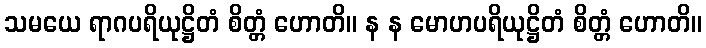
သမယေ ရာဂပရိယုဋ္ဌိတံ စိတ္တံ ဟောတိ။ န န မောဟပရိယုဋ္ဌိတံ စိတ္တံ ဟောတိ။